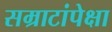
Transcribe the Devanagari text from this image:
सम्राटांपेक्षा